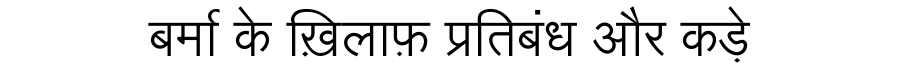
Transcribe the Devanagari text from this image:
बर्मा के ख़िलाफ़ प्रतिबंध और कड़े